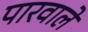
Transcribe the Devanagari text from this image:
पारवाले